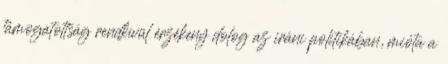
támogatottság rendkívül érzékeny dolog az iráni politikában, mióta a